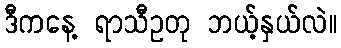
ဒီကနေ့ ရာသီဥတု ဘယ့်နှယ်လဲ။